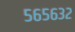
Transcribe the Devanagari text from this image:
५६५६३२